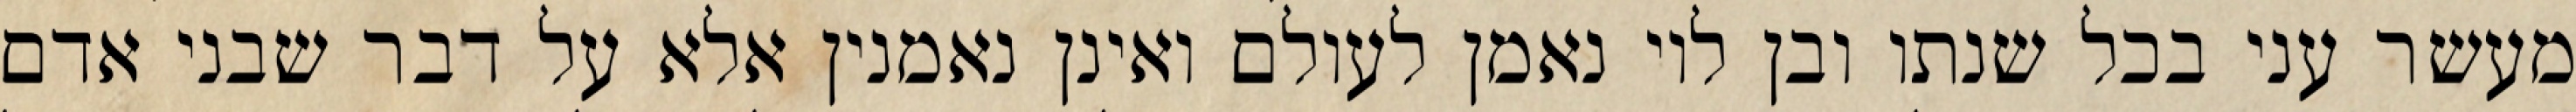
מעשר עני בכל שנתו ובן לוי נאמן לעולם ואינן נאמנין אלא על דבר שבני אדם